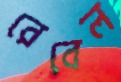
রেবেল